Lunatic asylums Madras 1877-1891 - 1877-1891
Year: 1877
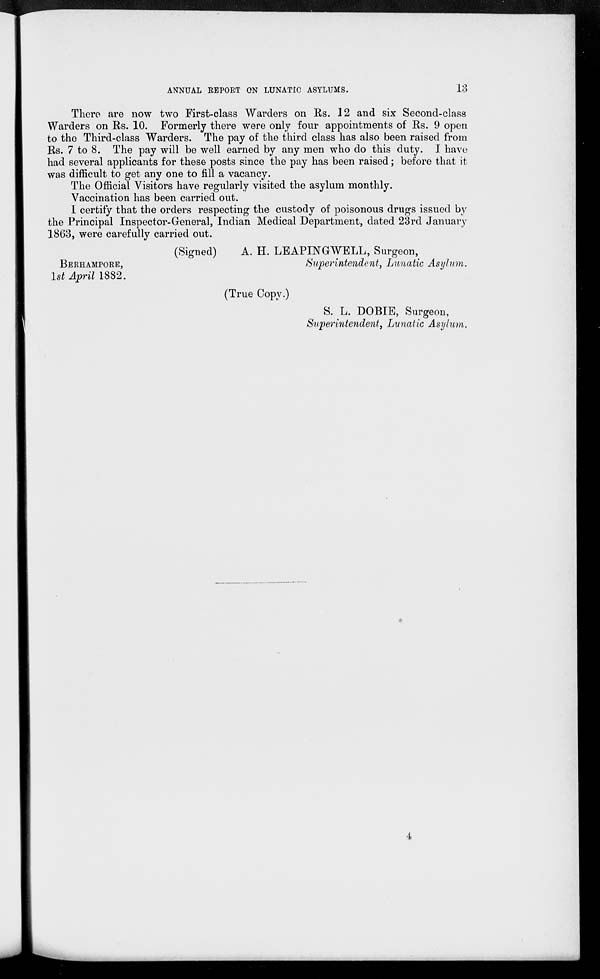
ANNUAL REPORT ON LUNATIC ASYLUMS.
13
There are now two First-class Warders on Rs. 12 and six Second-class
Warders on Rs. 10. Formerly there were only four appointments of Rs. 9 open
to the Third-class Warders. The pay of the third class has also been raised from
Rs. 7 to 8. The pay will be well earned by any men who do this duty. I have
had several applicants for these posts since the pay has been raised; before that it
was difficult to get any one to fill a vacancy.
The Official Visitors have regularly visited the asylum monthly.
Vaccination has been carried out.
I certify that the orders respecting the custody of poisonous drugs issued by
the Principal Inspector-General, Indian Medical Department, dated 23rd January
1863, were carefully carried out.
(Signed)
A. H. LEAPINGWELL, Surgeon,
BERHAMPORE,
Superintendent, Lunatic Asylum.
1st April 1882.
(True Copy.)
S. L. DOBIE, Surgeon,
Superintendent, Lunatic Asylum.
4